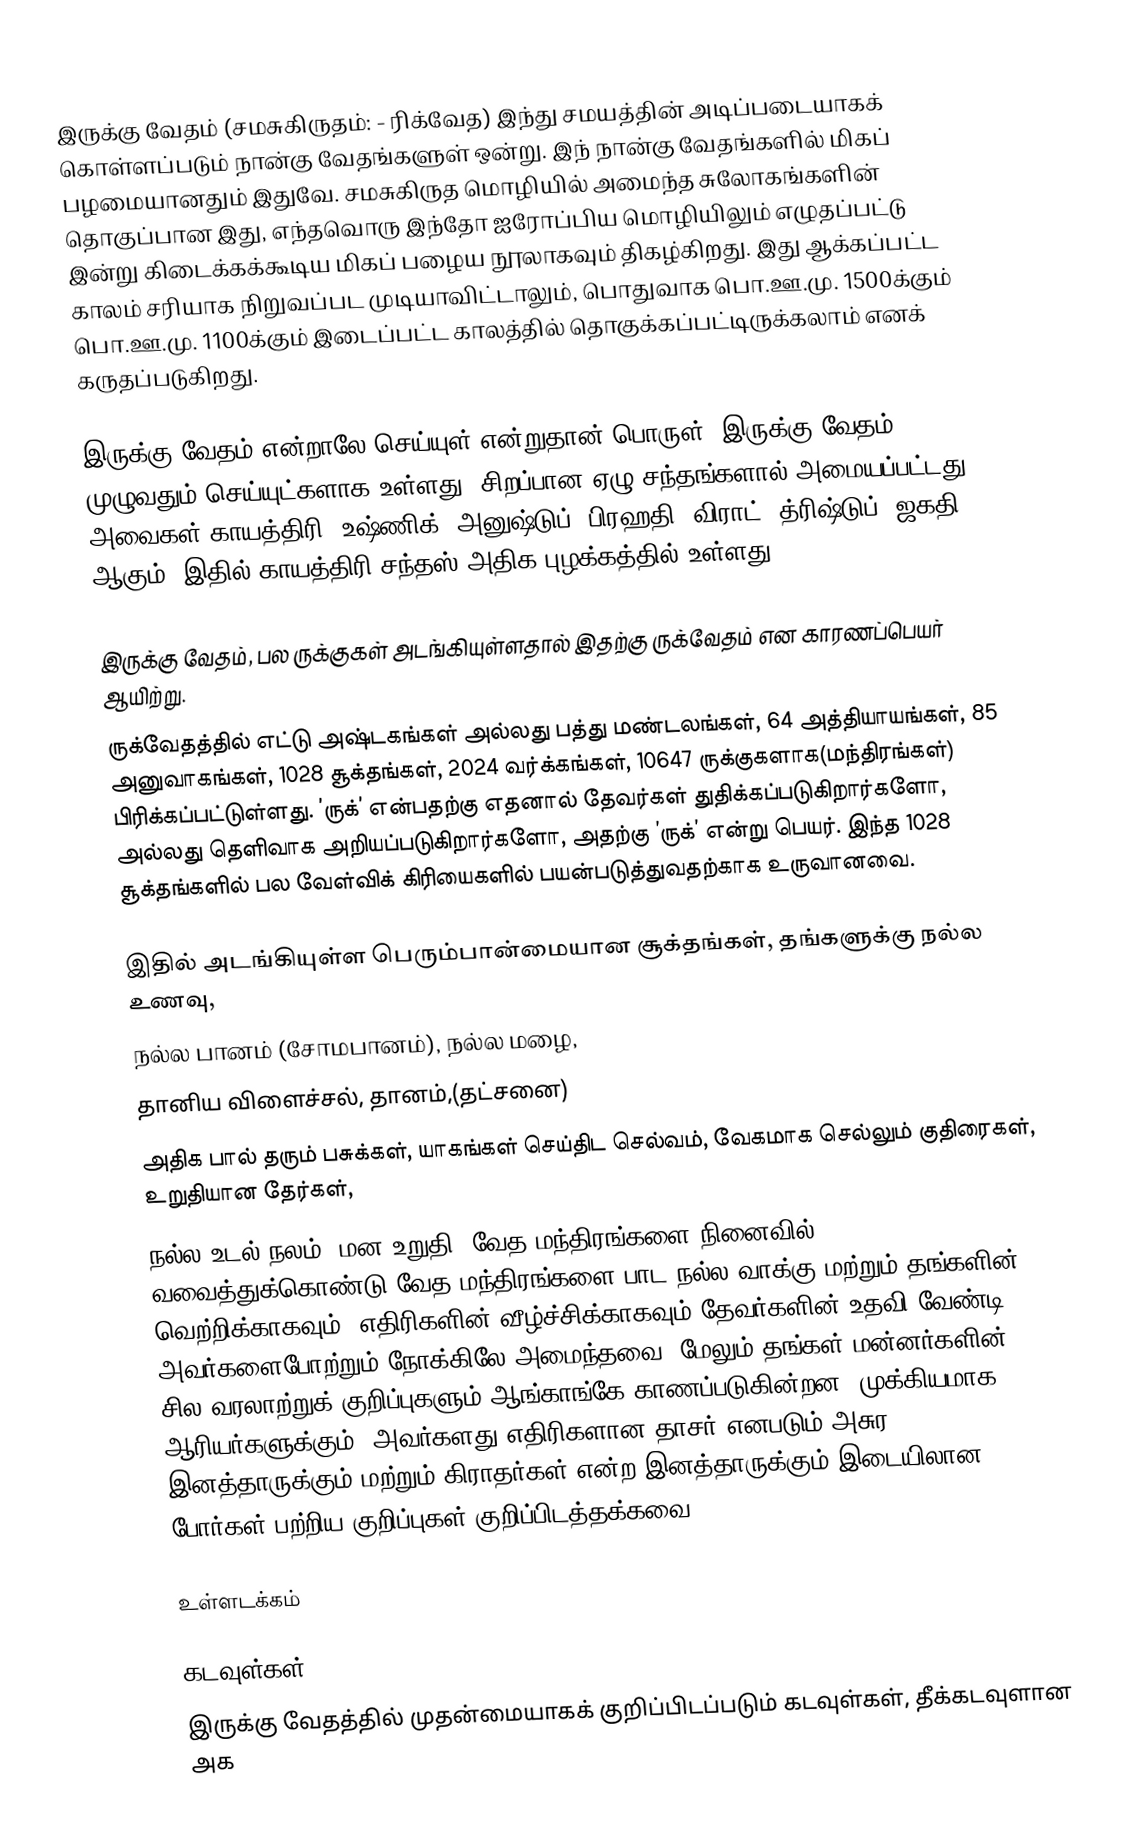
இருக்கு வேதம் (சமசுகிருதம்:  - ரிக்வேத) இந்து சமயத்தின் அடிப்படையாகக் கொள்ளப்படும் நான்கு வேதங்களுள் ஒன்று. இந் நான்கு வேதங்களில் மிகப் பழமையானதும் இதுவே. சமசுகிருத மொழியில் அமைந்த சுலோகங்களின் தொகுப்பான இது, எந்தவொரு இந்தோ ஐரோப்பிய மொழியிலும் எழுதப்பட்டு இன்று கிடைக்கக்கூடிய மிகப் பழைய நூலாகவும் திகழ்கிறது. இது ஆக்கப்பட்ட காலம் சரியாக நிறுவப்பட முடியாவிட்டாலும், பொதுவாக பொ.ஊ.மு. 1500க்கும் பொ.ஊ.மு. 1100க்கும் இடைப்பட்ட காலத்தில் தொகுக்கப்பட்டிருக்கலாம் எனக் கருதப்படுகிறது.

இருக்கு வேதம் என்றாலே செய்யுள் என்றுதான் பொருள். இருக்கு வேதம் முழுவதும் செய்யுட்களாக உள்ளது. சிறப்பான ஏழு சந்தங்களால் அமையப்பட்டது. அவைகள் காயத்திரி, உஷ்ணிக், அனுஷ்டுப், பிரஹதி, விராட், த்ரிஷ்டுப், ஜகதி ஆகும். இதில் காயத்திரி சந்தஸ் அதிக புழக்கத்தில் உள்ளது.

இருக்கு வேதம், பல ருக்குகள் அடங்கியுள்ளதால் இதற்கு ருக்வேதம் என காரணப்பெயர் ஆயிற்று.
ருக்வேதத்தில் எட்டு அஷ்டகங்கள் அல்லது பத்து மண்டலங்கள், 64 அத்தியாயங்கள், 85 அனுவாகங்கள், 1028 சூக்தங்கள், 2024 வர்க்கங்கள், 10647 ருக்குகளாக(மந்திரங்கள்) பிரிக்கப்பட்டுள்ளது. ’ருக்’ என்பதற்கு எதனால் தேவர்கள் துதிக்கப்படுகிறார்களோ, அல்லது தெளிவாக அறியப்படுகிறார்களோ, அதற்கு ’ருக்’ என்று பெயர்.  இந்த 1028 சூக்தங்களில் பல வேள்விக் கிரியைகளில் பயன்படுத்துவதற்காக உருவானவை.

இதில் அடங்கியுள்ள பெரும்பான்மையான சூக்தங்கள், தங்களுக்கு நல்ல உணவு,
நல்ல பானம் (சோமபானம்), நல்ல மழை,
தானிய விளைச்சல், தானம்,(தட்சனை)
அதிக பால் தரும் பசுக்கள், யாகங்கள் செய்திட செல்வம், வேகமாக செல்லும் குதிரைகள், உறுதியான தேர்கள்,
நல்ல உடல் நலம், மன உறுதி, வேத மந்திரங்களை நினைவில் வவைத்துக்கொண்டு வேத மந்திரங்களை பாட நல்ல வாக்கு மற்றும் தங்களின் வெற்றிக்காகவும், எதிரிகளின் வீழ்ச்சிக்காகவும் தேவர்களின் உதவி வேண்டி அவர்களைபோற்றும் நோக்கிலே அமைந்தவை. மேலும் தங்கள் மன்னர்களின் சில வரலாற்றுக் குறிப்புகளும் ஆங்காங்கே காணப்படுகின்றன. முக்கியமாக ஆரியர்களுக்கும், அவர்களது எதிரிகளான தாசர் எனபடும் அசுர இனத்தாருக்கும் மற்றும் கிராதர்கள் என்ற இனத்தாருக்கும் இடையிலான போர்கள் பற்றிய குறிப்புகள் குறிப்பிடத்தக்கவை.

உள்ளடக்கம்

கடவுள்கள்
இருக்கு வேதத்தில் முதன்மையாகக் குறிப்பிடப்படும் கடவுள்கள், தீக்கடவுளான அக